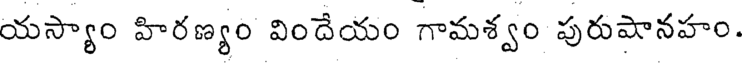
యస్యాం హిరణ్యం విందేయం గామశ్వం పురుషానహం.